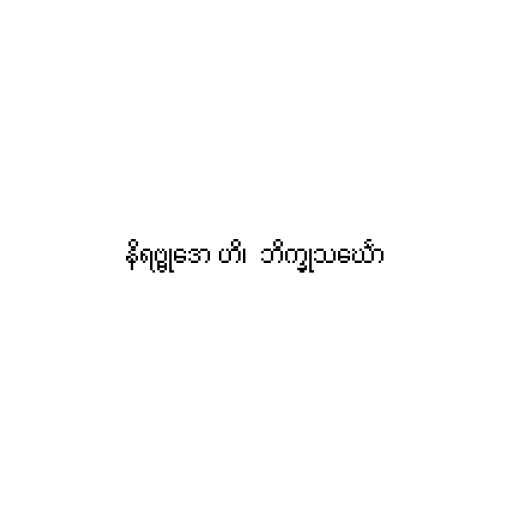
နိရဗ္ဗုဒော ဟိ၊  ဘိက္ခုသင်္ဃော